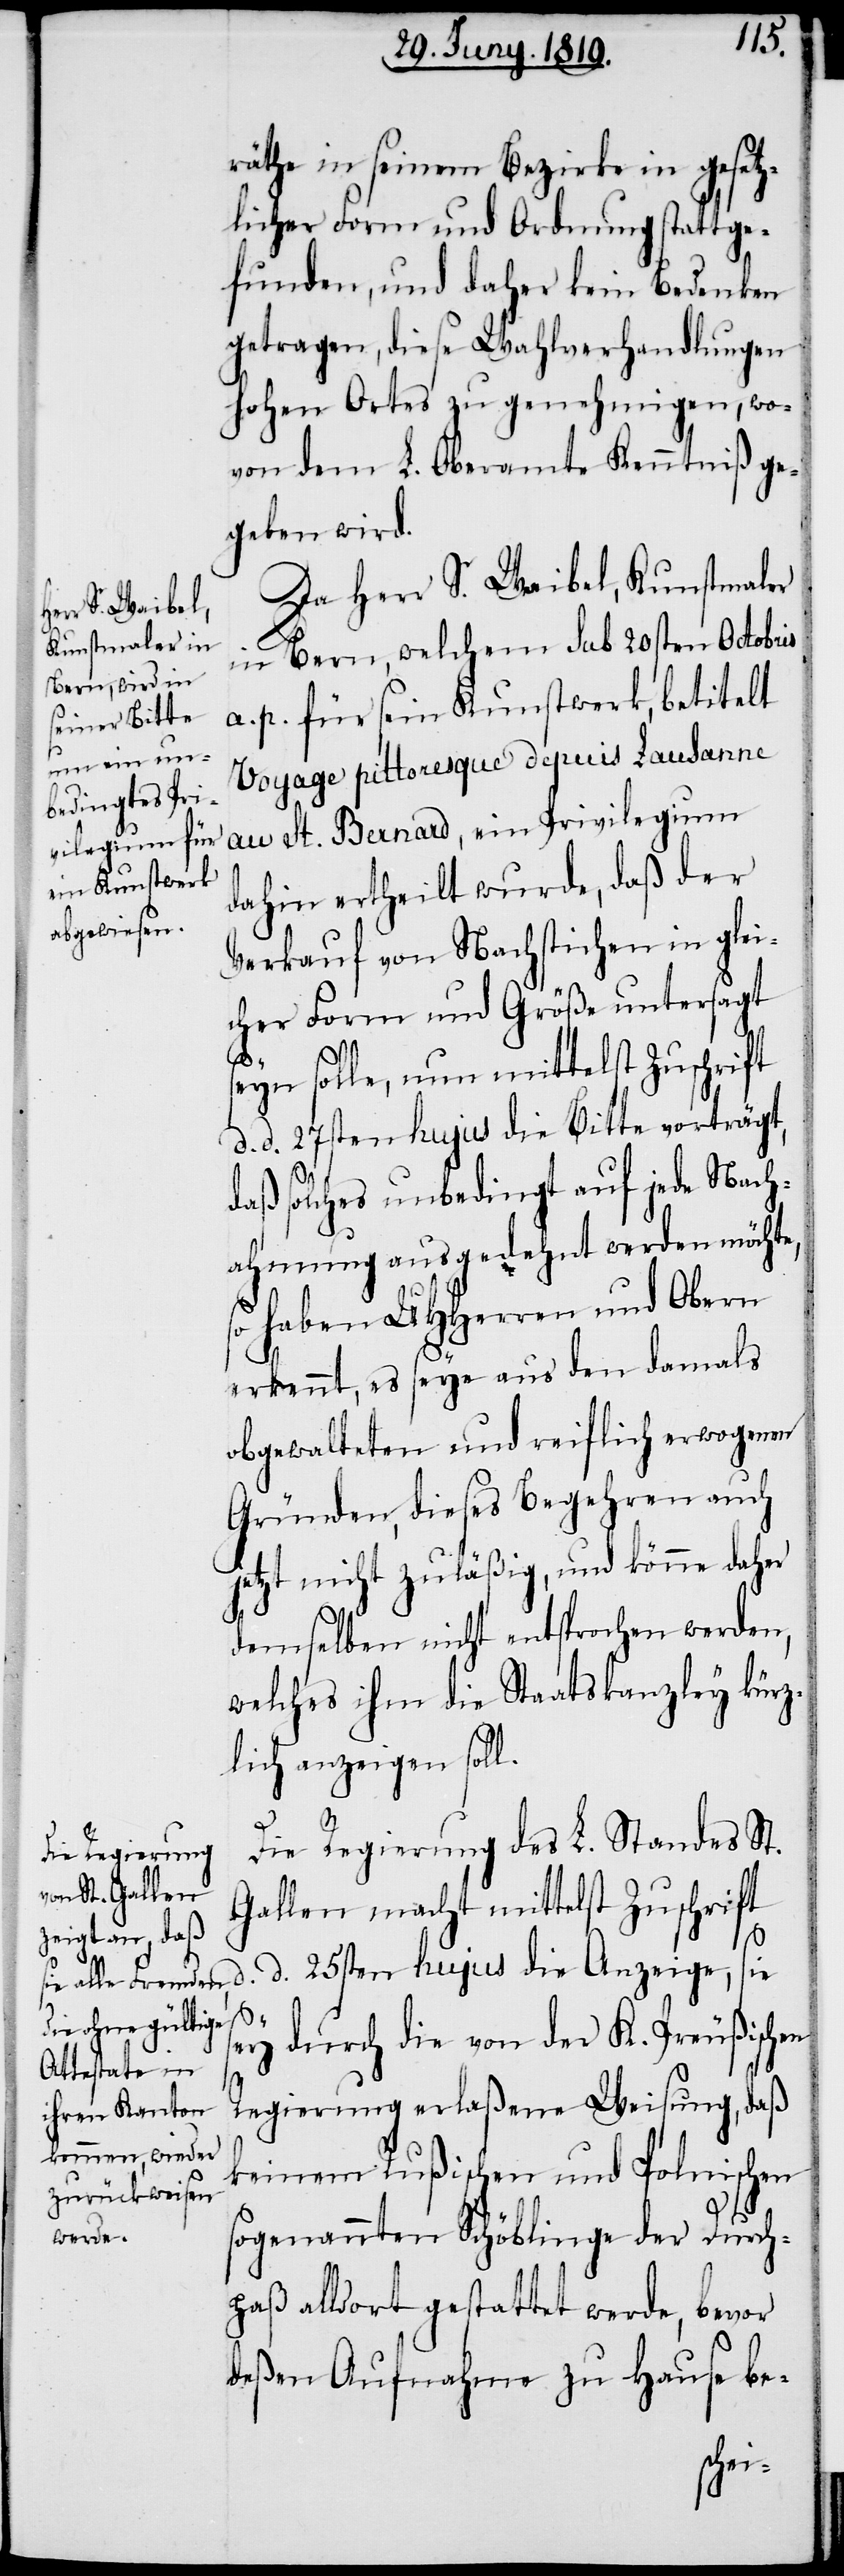
räthe in seinem Bezirke in gesetz¬
licher Form und Ordnung stattge¬
funden, und daher kein Bedenken
getragen, diese Wahlverhandlungen
hohen Ortes zu genehmigen, wo¬
von dem L. Oberamte Kenntniß ge¬
geben wird.
Da Herr S. Waibel, Kunstmaler
in Bern, welchem sub 20sten Octobris
a. p. für sein Kunstwerk, betitelt
Voyage pittoresque depuis Lausanne
au St. Bernard, ein Privilegium
dahin ertheilt wurde, daß der
Verkauf von Nachstichen in glei¬
cher Form und Größen untersagt
eyn solle, nun mittelst Zuschrift
d. d. 27sten hujus die Bitte vorträgt,
daß solches unbedingt auf jede Nach¬
ahmung ausgedehnt werden möchte,
haben UHHerren und Obern
erkennt, es seye aus den damals
obgewalteten und reiflich erwogenen
Gründen, dieses Begehren auch
jetzt nicht zuläßig, und könne daher
demselben nicht entsprochen werden,
welches ihm die Staatskanzley kürz¬
lich anzeigen soll.
Die Regierung des L. Standes St.
Gallen macht mittelst Zuschrift
s¬
d. d. 25sten hujus die Anzeige, sie
s¬
ey durch die von der K. Preußischen
Regierung erlaßene Weisung, daß
keinem Rußischen und Polnischen
sogenannten Schöblinge der Durch¬
paß alldort gestattet werde, bevor
deßen Aufnahme zu Hause be-